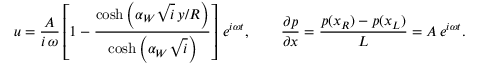
u = \frac { A } { i \, \omega } \left[ 1 - \frac { \cosh \left( \alpha _ { W } \sqrt { i } \, y / R \right) } { \cosh \left( \alpha _ { W } \sqrt { i } \right) } \right] \, e ^ { i \omega t } , \qquad \frac { \partial p } { \partial x } = \frac { p ( x _ { R } ) - p ( x _ { L } ) } { L } = A \, e ^ { i \omega t } .